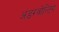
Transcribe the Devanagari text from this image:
अंडरवोल्टिंग